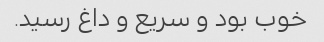
خوب بود و سریع و داغ رسید.